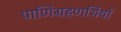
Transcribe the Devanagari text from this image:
पाणिग्रहणर्थियों